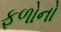
ફળોનો